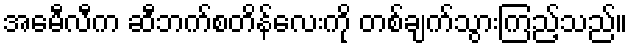
အေမီလီက ဆီဘက်စတိန်လေးကို တစ်ချက်သွားကြည့်သည်။